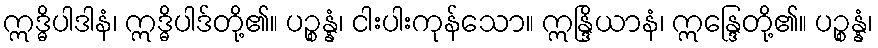
ဣဒ္ဓိပါဒါနံ၊ ဣဒ္ဓိပါဒ်တို့၏။ ပဉ္စန္နံ၊ ငါးပါးကုန်သော။ ဣန္ဒြိယာနံ၊ ဣန္ဒြေတို့၏။ ပဉ္စန္နံ၊